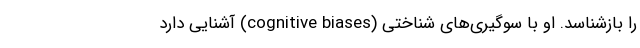
را بازشناسد. او با سوگیری‌های شناختی (cognitive biases) آشنایی دارد